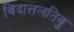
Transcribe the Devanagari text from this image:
विदात्तलतिवु